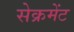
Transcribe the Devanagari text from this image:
सेक्रमेंट